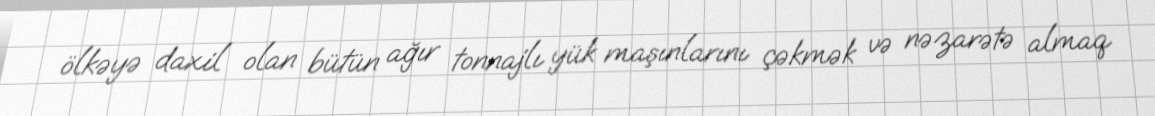
ölkəyə daxil olan bütün ağır tonnajlı yük maşınlarını çəkmək və nəzarətə almaq